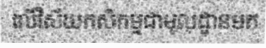
លើវិស័យកសិកម្មជាមូលដ្ឋានមក